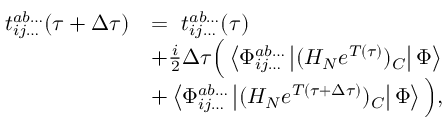
\begin{array} { r l } { t _ { i j \dots } ^ { a b \dots } ( \tau + \Delta \tau ) } & { = ~ t _ { i j \dots } ^ { a b \dots } ( \tau ) } \\ & { + \frac { i } { 2 } \Delta \tau \Big ( \left< \Phi _ { i j \dots } ^ { a b \dots } \left| ( H _ { N } e ^ { T ( \tau ) } ) _ { C } \right| \Phi \right> } \\ & { + \left< \Phi _ { i j \dots } ^ { a b \dots } \left| ( H _ { N } e ^ { T ( \tau + \Delta \tau ) } ) _ { C } \right| \Phi \right> \Big ) , } \end{array}